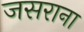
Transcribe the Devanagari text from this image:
जसराना